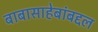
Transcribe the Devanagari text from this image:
बाबासाहेबांबद्दल